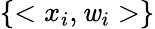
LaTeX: \{ <x_{i},\mathit{w}_{i}>\}